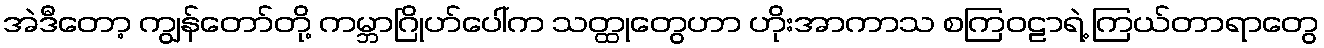
အဲဒီတော့ ကျွန်တော်တို့ ကမ္ဘာဂြိုဟ်ပေါ်က သတ္ထုတွေဟာ ဟိုးအာကာသ စကြဝဠာရဲ့ ကြယ်တာရာတွေ